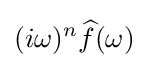
(i\omega )^{n}{\widehat {f}}(\omega )